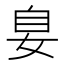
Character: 𪥴